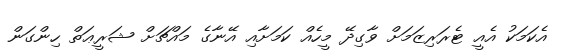
އެކަމަކު އެއީ ޓެރަރިޒަމަށް ވާގިދޭ މީހެއް ކަމަށާއި އޭނާގެ މައްޗަށް ޝަރީޢަތް ހިންގަން